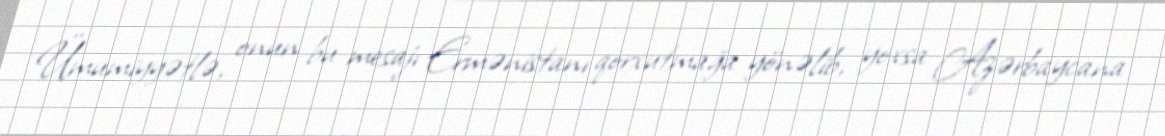
Ümumiyyətlə, onun bu mesajı Ermənistanı qorxutmağa yönəlib, yoxsa Azərbaycana